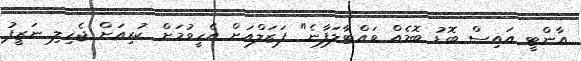
އާންޓީ އައިސް ބޮޑު ބޮމެއް ވައްޓާލަފާނެ" ފަޒަލްއަށް އެހީވުމަށް ކުރިއަށް ޖެހިލި ނަޒީފު